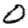
Digit: 0